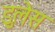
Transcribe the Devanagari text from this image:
डुलेस